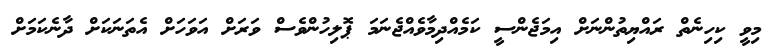
މިވީ ކިހިނެތް ރައްޔިތުންނަށް އިމަޖެންސީ ކަމެއްދިމާވެއްޖެނަމަ ޕޮލިހުންވެސް ވަރަށް އަވަހަށް އެތަނަކަށް ދާނެކަމަށް